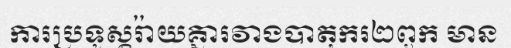
ការប្រទូស្តរ៉ាយគ្នារវាងបាតុករ២ពួក មាន